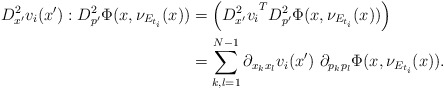
\begin{align*}D^2_{x'}v_i({{x}}'):D^2_{p'}\Phi({x},\nu_{E_{t_i}}({x}))&=\left({D^2_{x'}v_i}^TD^2_{p'}\Phi({x},\nu_{E_{t_i}}({x}))\right)\\&=\sum_{k,l=1}^{N-1}\partial_{x_kx_l} v_i({{x}}')\ \partial_{p_kp_l}\Phi({x},\nu_{E_{t_i}}({x})).\end{align*}